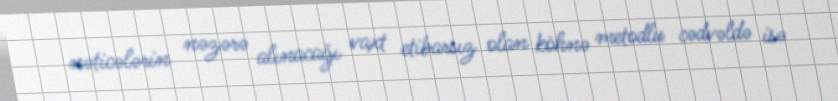
nəticələrin nəzərə alınacağı vaxt etibarsız olan köhnə metodlu cədvəldə isə